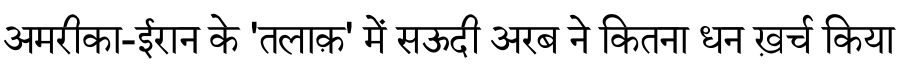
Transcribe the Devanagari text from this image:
अमरीका-ईरान के 'तलाक़' में सऊदी अरब ने कितना धन ख़र्च किया